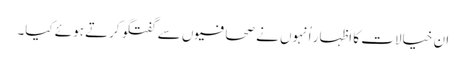
ان خیالات کا اظہار اُنہوں نے صحافیوں سے گفتگو کرتے ہوئے کیا۔